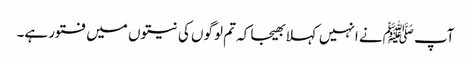
آپ ﷺنے انہیں کہلا بھیجا کہ تم لوگوں کی نیتوں میں فتور ہے۔